Vaccination in Burma 1920-1933 - 1920-1933
Year: 1920
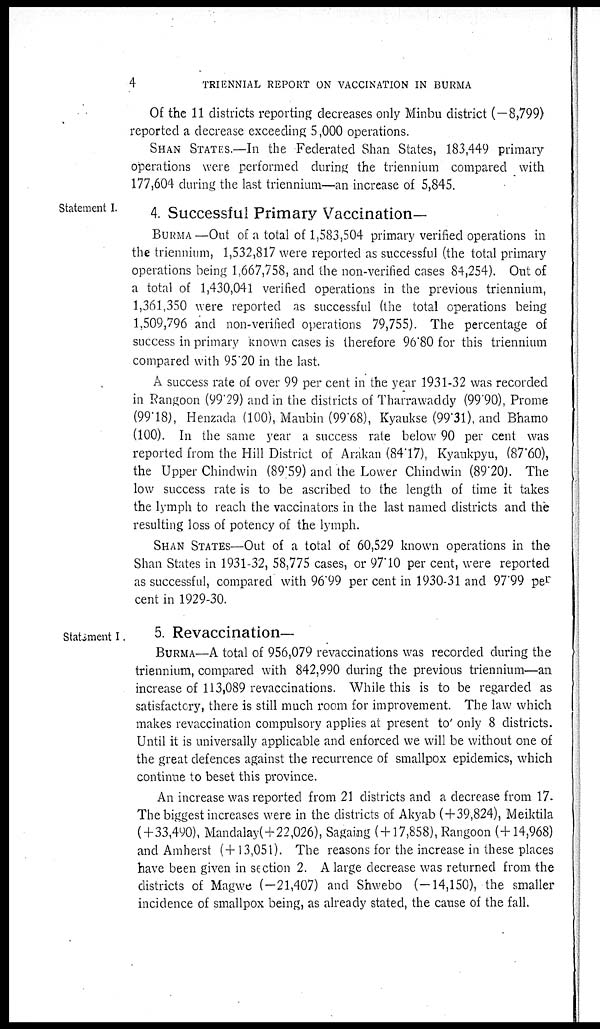
4
TRIENNIAL REPORT ON VACCINATION IN BURMA
Of the 11 districts reporting decreases only Minbu district (—8,799)
reported a decrease exceeding 5,000 operations.
SHAN STATES.—In the Federated Shan States, 183,449 primary-
operations were performed during the triennium compared with
177,604 during the last triennium—an increase of 5,845.
Statement I.
4. Successful Primary Vaccination—
BURMA—Out of a total of 1,583,504 primary verified operations in
the triennium, 1,532,817 were reported as successful (the total primary
operations being 1,667,758, and the non-verified cases 84,254). Out of
a total of 1,430,041 verified operations in the previous triennium,
1,361,350 were reported as successful (the total operations being
1,509,796 and non-verified operations 79,755). The percentage of
success in primary known cases is therefore 96.80 for this triennium
compared with 95.20 in the last.
A success rate of over 99 per cent in the year 1931-32 was recorded
in Rangoon (99.29) and in the districts of Tharrawaddy (99.90), Prome
(99.18), Henzada (100), Maubin (99.68), Kyaukse (99.31), and Bhamo
(100). In the same year a success rate below 90 per cent was
reported from the Hill District of Arakan (84.17), Kyaukpyu, (87.60),
the Upper Chindwin (89.59) and the Lower Chindwin (89.20). The
low success rate is to be ascribed to the length of time it takes
the lymph to reach the vaccinators in the last named districts and the
resulting loss of potency of the lymph.
SHAN STATES—Out of a total of 60,529 known operations in the
Shan States in 1931-32, 58,775 cases, or 97.10 per cent, were reported
as successful, compared with 96.99 per cent in 1930-31 and 97.99 per
cent in 1929-30.
Statement I.
5. Revaccination—
BURMA—A total of 956,079 revaccinations was recorded during the
triennium, compared with 842,990 during the previous triennium—an
increase of 113,089 revaccinations. While this is to be regarded as
satisfactory, there is still much room for improvement. The law which
makes revaccination compulsory applies at present to only 8 districts.
Until it is universally applicable and enforced we will be without one of
the great defences against the recurrence of smallpox epidemics, which
continue to beset this province.
An increase was reported from 21 districts and a decrease from 17.
The biggest increases were in the districts of Akyab ( + 39,824), Meiktila
(+33,490), Mandalay(+22,026), Sagaing ( + 17,858), Rangoon (+14,968)
and Amherst (+13,051). The reasons for the increase in these places
have been given in section 2. A large decrease was returned from the
districts of Magwe (-21,407) and Shwebo (-14,150), the smaller
incidence of smallpox being, as already stated, the cause of the fall.